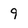
Character: 9